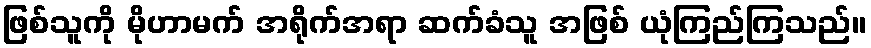
ဖြစ်သူကို မိုဟာမက် အရိုက်အရာ ဆက်ခံသူ အဖြစ် ယုံကြည်ကြသည်။